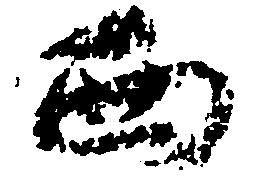
西